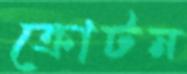
ক্রোটন